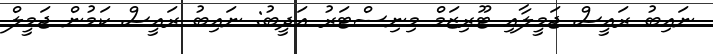
ނައިބު ރައީސް ޖަމީލާއި ޓޫރިޒަމް މިނިސްޓަރު އަދީބު: ނައިބު ރައީސް ކަމުން ޖަމީލް